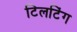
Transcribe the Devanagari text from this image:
टिलटिंग